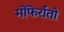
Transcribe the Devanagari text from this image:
मोंफेर्रातो